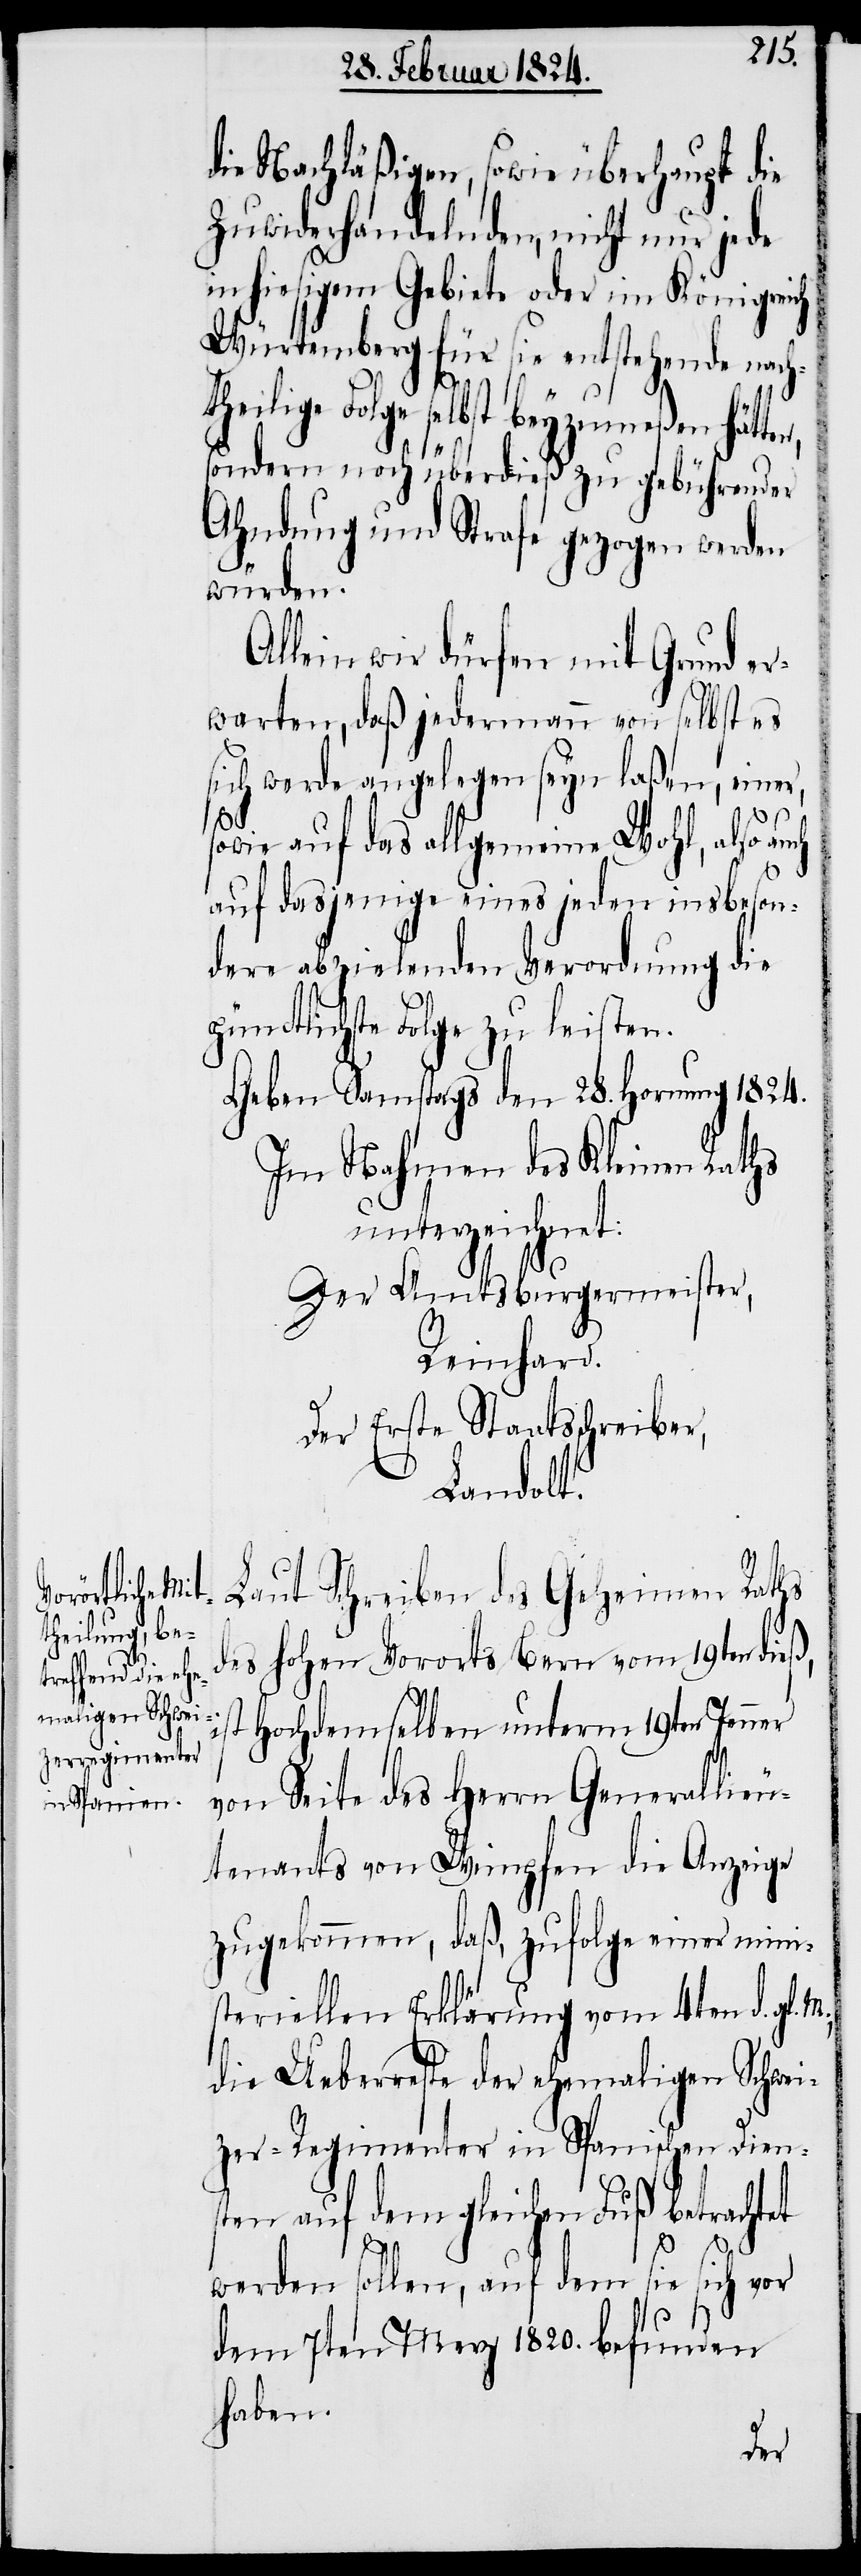
i¬

die Nachläßigen, sowie überhaupt die
Zuwiderhandelnden, nicht nur jede
in hiesigem Gebiete oder im Königreich
Würtemberg für sie entstehende nach¬
theilige Folge selbst beyzumeßen hätte¬
sondern noch überdieß zu gebührender
Ahndung und Strafe gezogen werden
würden.
Allein wir dürfen mit Grund er¬
warten, daß jedermann von selbst es
sich werde angelegen seyn laßen, einer,
sowie auf das allgemeine Wohl, also
auf dasjenige eines jeden insbeson¬
dere abzielenden Verordnung die
gründlichste Folge zu leisten.
Geben Samstags den 28. Hornung 1824.
Im Nahmen des Kleinen Raths
unterzeichnet:
Der Amtsburgermeister,
Reinhard.
Der Erste Staatsschreiber,
Landolt.
Laut Schreiben des Geheimen Raths
des hohen Vororts Bern vom 19ten dieß,
st Hochdemselben unterm 19ten Jenner
von Seite des Herrn Generallieu¬
tenants von Wimpfen die Anzeige
zugekommen, daß, zufolge einer mini¬
steriellen Erklärung vom 4ten d. gl.
die Ueberreste der ehemaligen Schwei¬
zer-Regimenter in Spanischen Dien¬
sten auf dem gleichen Fuß betrachtet
werden sollen, auf dem sie sich vor
dem 7ten Merz 1820. befunden
haben.